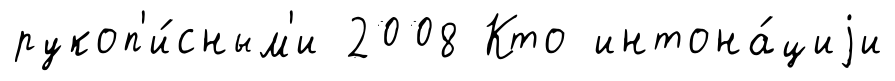
рукоп'и́сным'и 2008 Кто интона́циjи